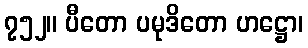
၇၅၂။ ပီတော ပမုဒိတော ဟဋ္ဌော၊